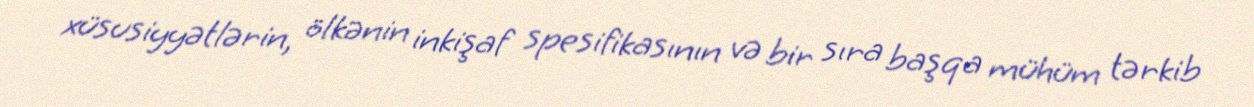
xüsusiyyətlərin, ölkənin inkişaf spesifikasının və bir sıra başqa mühüm tərkib